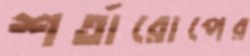
শর্তারোপের